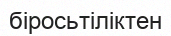
біросьтіліктен